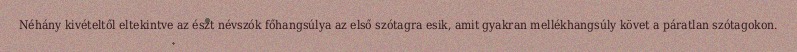
Néhány kivételtől eltekintve az észt névszók főhangsúlya az első szótagra esik, amit gyakran mellékhangsúly követ a páratlan szótagokon.